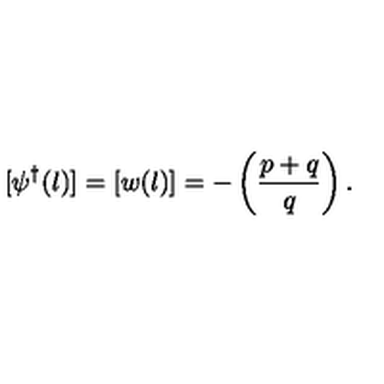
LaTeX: [ \psi ^ { \dagger } ( l ) ] = [ w ( l ) ] = - \left( \frac { p + q } { q } \right) .